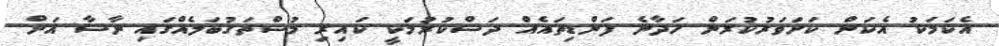
އެކަމަކު އެކަން ކަށަވަރުކުރަން ހަދާނެ ފަންޑިތައެއް ދަސްކުރުމަކީ ކައިރި މުސްތަގުބަލެއްގައި ނާސާ އަށް